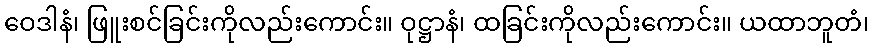
ဝေဒါနံ၊ ဖြူးစင်ခြင်းကိုလည်းကောင်း။ ဝုဋ္ဌာနံ၊ ထခြင်းကိုလည်းကောင်း။ ယထာဘူတံ၊